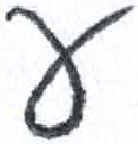
אות: ע